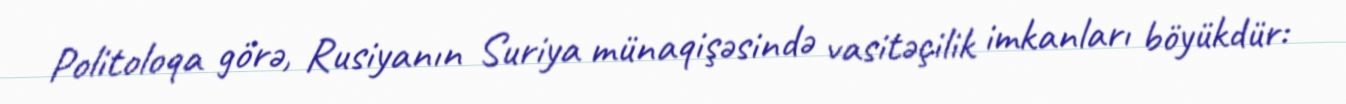
Politoloqa görə, Rusiyanın Suriya münaqişəsində vasitəçilik imkanları böyükdür: